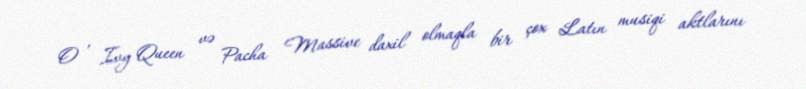
O , Ivy Queen və Pacha Massive daxil olmaqla bir çox Latın musiqi aktlarını